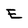
Character: E